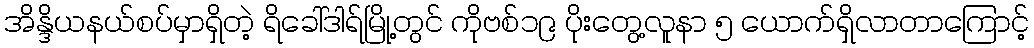
အိန္ဒိယနယ်စပ်မှာရှိတဲ့ ရိခေါ်ဒါရ်မြို့တွင် ကိုဗစ်၁၉ ပိုးတွေ့လူနာ ၅ ယောက်ရှိလာတာကြောင့်